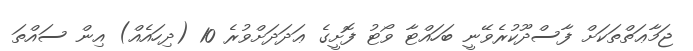
ޖަމާޢަތްތަކަށް ފާސްދޫކުރެވޭނީ ބަހައްޓާ ވޯޓު ފޮށީގެ ޢަދަދަށްވުރެ 10 (ދިހައެއް) އިން ސައްތަ